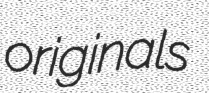
originals